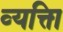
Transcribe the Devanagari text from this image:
व्‍यक्त्‍िा